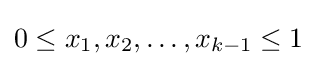
0\leq x_{1},x_{2},\ldots ,x_{k-1}\leq 1